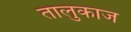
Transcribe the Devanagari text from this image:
तालुकाज